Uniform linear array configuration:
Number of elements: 16
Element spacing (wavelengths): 0.25
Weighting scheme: kaiser
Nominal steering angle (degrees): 0
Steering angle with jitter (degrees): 0.1401
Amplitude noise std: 0.05
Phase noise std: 0.05

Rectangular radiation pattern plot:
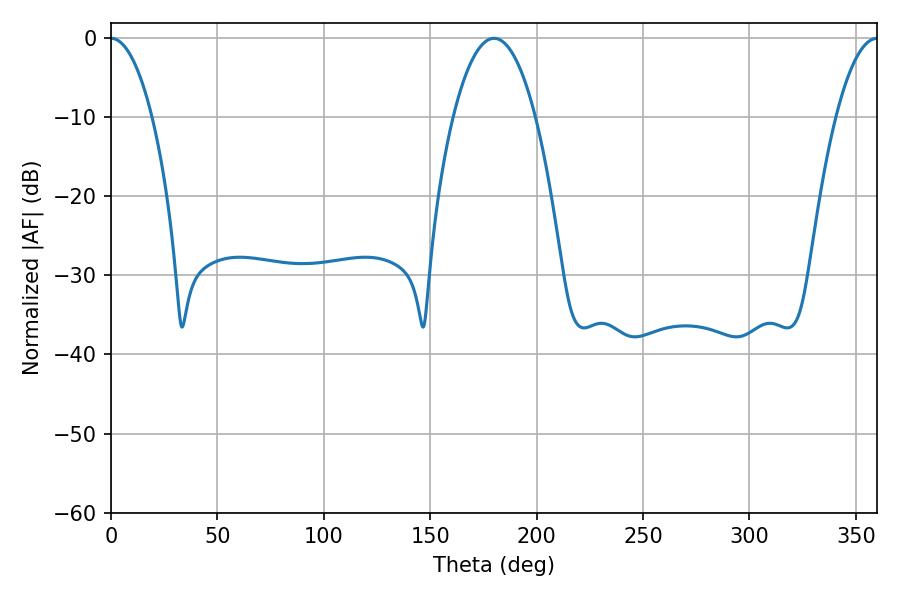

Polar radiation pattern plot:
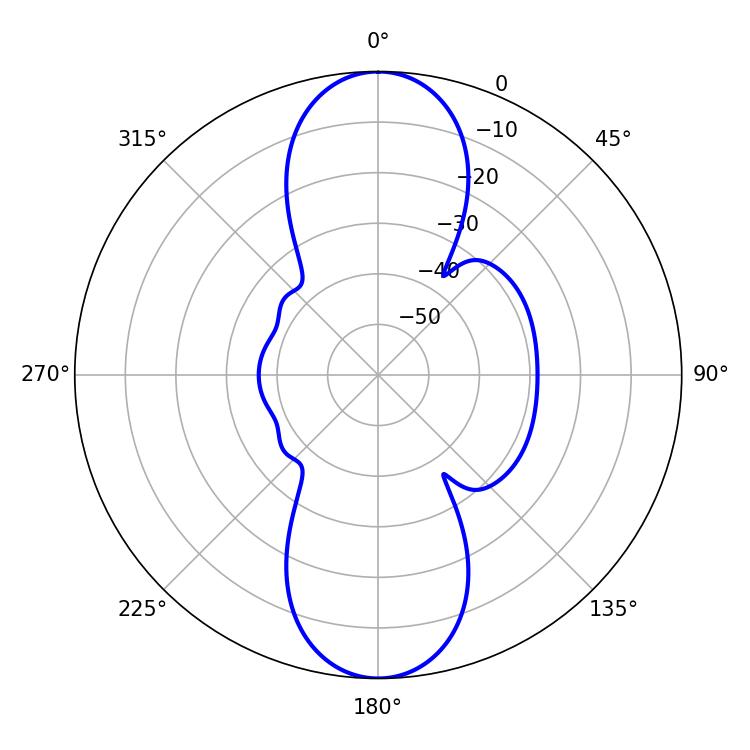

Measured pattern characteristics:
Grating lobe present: FALSE
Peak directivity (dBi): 32.13
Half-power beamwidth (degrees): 10.8
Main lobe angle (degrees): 0